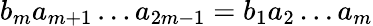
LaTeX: b_{m}a_{m+1}\dots a_{2m-1}=b_{1}a_{2}\dots a_{m}